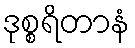
ဒုစ္စရိတာနံ